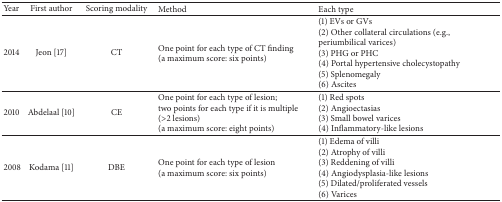
<table><thead><tr><td><b>Year</b></td><td><b>First author</b></td><td><b>Scoring modality</b></td><td><b>Method</b></td><td><b>Each type</b></td></tr></thead><tbody><tr><td>2014</td><td>Jeon [17]</td><td>CT</td><td>One point for each type of CT finding (a maximum score: six points)</td><td>(1) EVs or GVs(2) Other collateral circulations (e.g., periumbilical varices)(3) PHG or PHC(4) Portal hypertensive cholecystopathy(5) Splenomegaly(6) Ascites</td></tr><tr><td>2010</td><td>Abdelaal [10]</td><td>CE</td><td>One point for each type of lesion; two points for each type if it is multiple (&gt;2 lesions) (a maximum score: eight points)</td><td>(1) Red spots(2) Angioectasias(3) Small bowel varices(4) Inflammatory-like lesions</td></tr><tr><td>2008</td><td>Kodama [11]</td><td>DBE</td><td>One point for each type of lesion (a maximum score: six points)</td><td>(1) Edema of villi(2) Atrophy of villi(3) Reddening of villi(4) Angiodysplasia-like lesions(5) Dilated/proliferated vessels(6) Varices</td></tr></tbody></table>